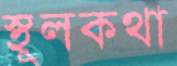
স্থূলকথা